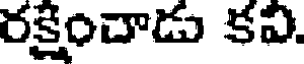
రక్షించాడు కవి.